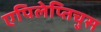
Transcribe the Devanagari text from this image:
एपिलेप्तिचुस